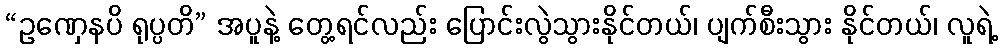
“ဥဏှေနပိ ရုပ္ပတိ” အပူနဲ့ တွေ့ရင်လည်း ပြောင်းလွဲသွားနိုင်တယ်၊ ပျက်စီးသွား နိုင်တယ်၊ လူရဲ့